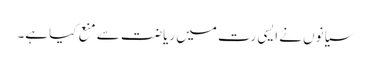
سیانوں نے ایسی رت میں ریاضت سے منع کیا ہے۔